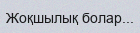
Жоқшылық болар...